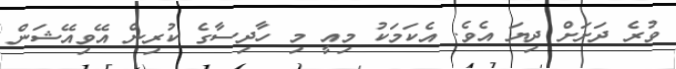
ވުރެ ދަށަށް ދިޔަ އެވެ. އެކަމަކު މިއީ މި ހާދިސާގެ ކުރިން އޭވިއޭޝަން